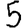
Digit: 5